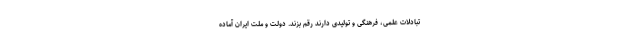
تبادلات علمی، فرهنگی و تولیدی دارند رقم بزند. دولت و ملت ایران آماده